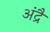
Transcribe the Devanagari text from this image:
अंद्रै